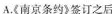
A.《南京条约》签订之后